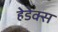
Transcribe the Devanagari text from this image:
हेडेक्स